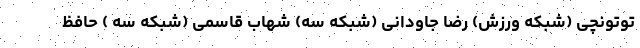
توتونچی (شبکه ورزش) رضا جاودانی (شبکه سه) شهاب قاسمی (شبکه سه ) حافظ